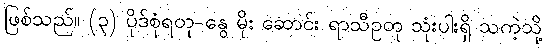
ဖြစ်သည်။ (၃) ပိုဒ်စုံရတု-နွေ မိုး ဆောင်း ရာသီဥတု သုံးပါးရှိ သကဲ့သို့